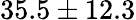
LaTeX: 35.5\pm{12.3}